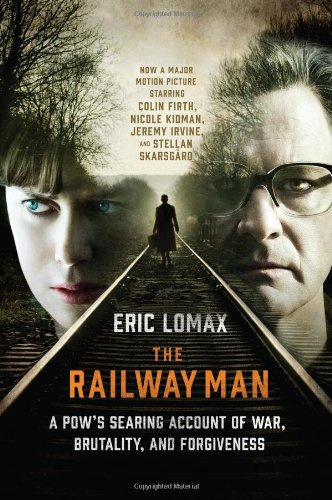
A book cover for The Railway Man: A POW's Searing Account of War, Brutality and Forgiveness; Eric Lomax; Biographies & Memoirs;